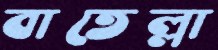
বাতেল্লা